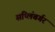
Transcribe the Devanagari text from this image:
सप्लिंबर्गर